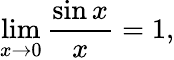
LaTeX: \operatorname*{lim}_{x\rightarrow 0}{\frac{\sin x}{x}}=1,